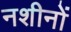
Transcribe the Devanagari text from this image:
नशीनों